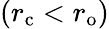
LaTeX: (r_{\mathrm{{c}}}<r_{\mathrm{{o}}})